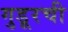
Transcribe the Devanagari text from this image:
गुडूरची